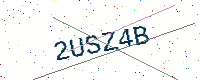
Text: 2USZ4B